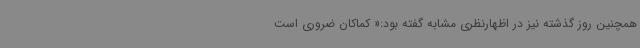
همچنین روز گذشته نیز در اظهارنظری مشابه گفته بود:« کماکان ضروری است